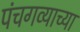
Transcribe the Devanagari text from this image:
पंचगव्याच्या